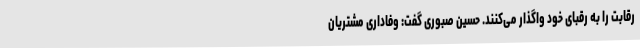
رقابت را به رقبای خود واگذار می‌کنند. حسین صبوری گفت: وفاداری مشتریان